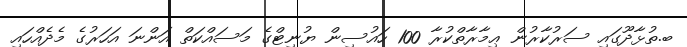
ބ.ތުޅާދޫގައި ސަރުކާރުން ޢިމާރާތްކުރާ 100 ހައުސިން ޔުނިޓްގެ މަސައްކަތް އަންނަ އަހަރުގެ މެދެއްހައި